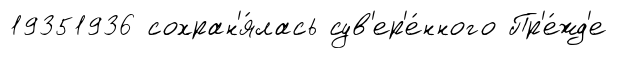
19351936 сохран'я́лась сув'ер'е́нного Пр'е́жд'е